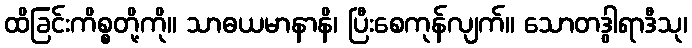
ထိခြင်းကိစ္စတို့ကို။ သာဓယမာနာနိ၊ ပြီးစေကုန်လျက်။ သောတဒွါရာဒီသု၊